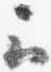
云